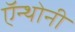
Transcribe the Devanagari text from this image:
ऍन्थोनी